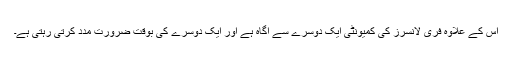
اس کے علاوہ فری لانسرز کی کمیونٹی ایک دوسرے سے آگاہ ہے اور ایک دوسرے کی بوقت ضرورت مدد کرتی رہتی ہے۔